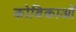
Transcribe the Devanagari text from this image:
कोबिकाओं